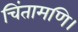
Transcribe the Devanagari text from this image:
चिंतामणि।